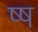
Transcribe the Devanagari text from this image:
ष्ष